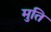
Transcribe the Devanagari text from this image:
मुति